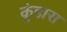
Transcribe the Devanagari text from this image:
कुंडारा